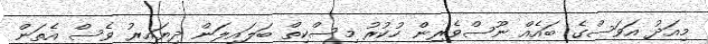
މިއަދު އަވަސްގެ ބައެއް ނޫސްވެރިން ހުކުރު މިސްކިތް ބަލައިލަން ދިޔައިރު ވެސް އެތަން